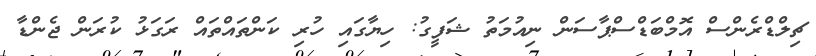
ޗިލްޑްރެންސް އޮމްބަޑްސްޕާސަން ނިއުމަތު ޝަފީގު: ހިޔާގައި ހުރި ކަންތައްތައް ރަގަޅު ކުރަން ޖެންޑާ